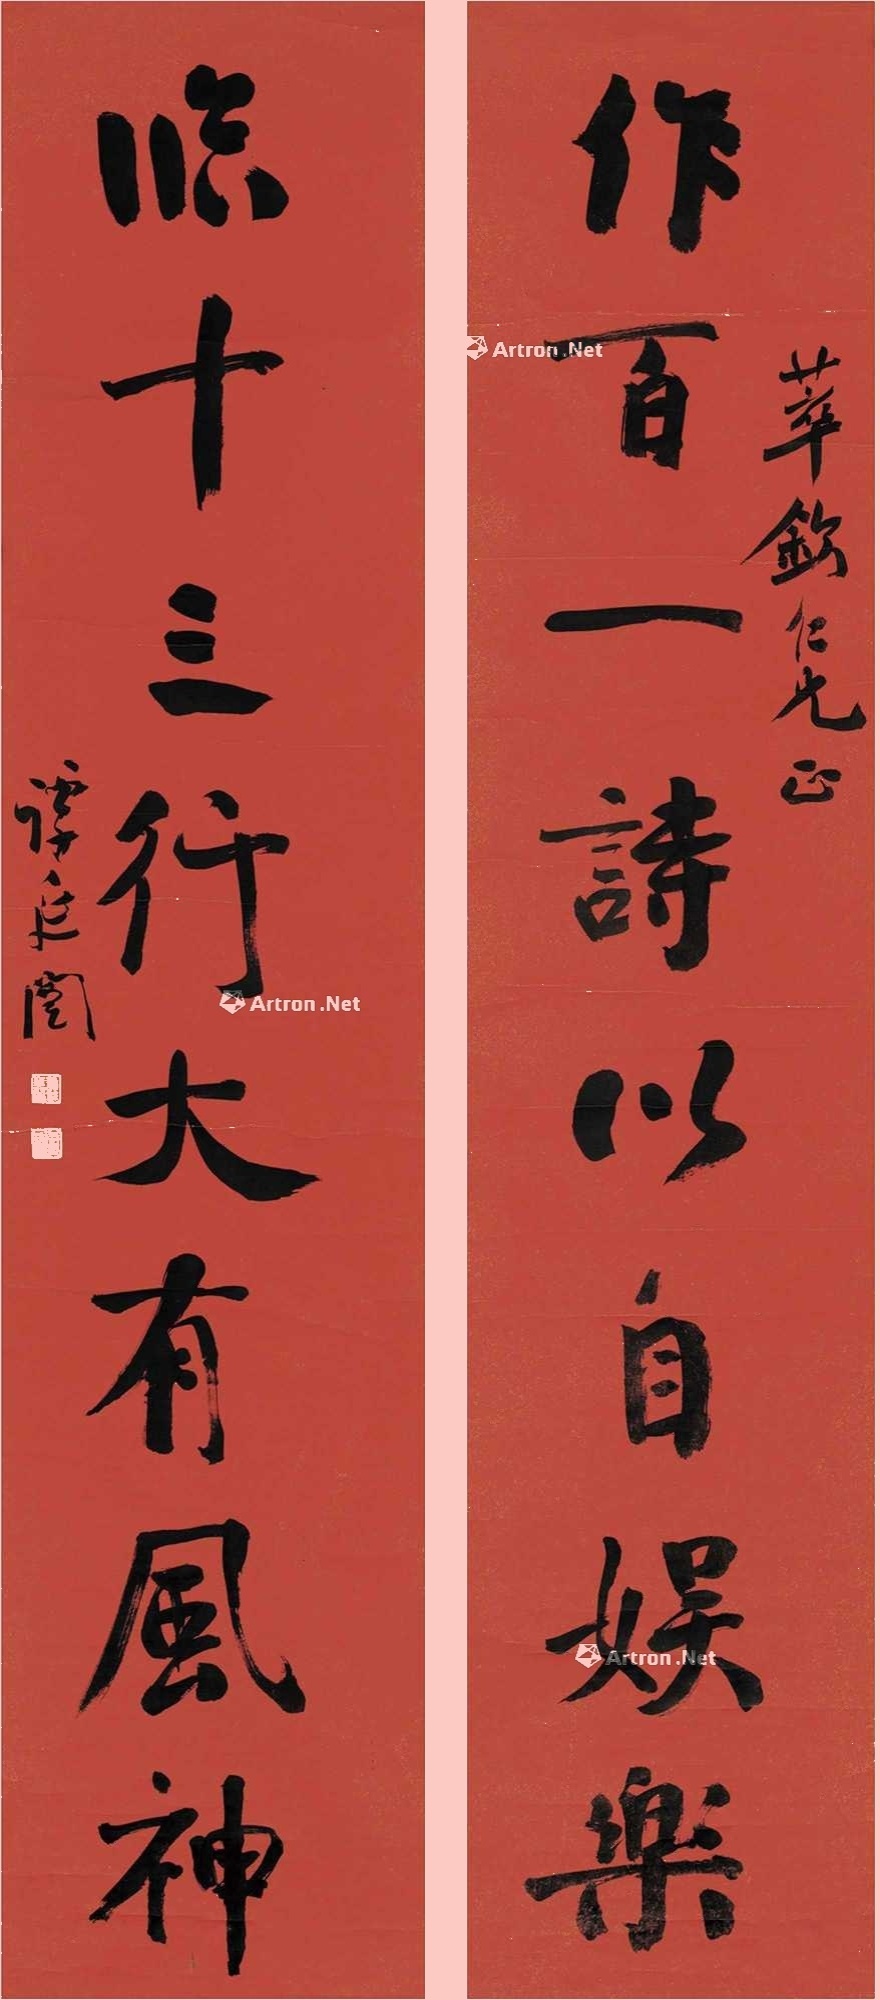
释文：作百一诗以自娱乐，临十三行大有风神。萃钦仁兄正，谭延泽闿。